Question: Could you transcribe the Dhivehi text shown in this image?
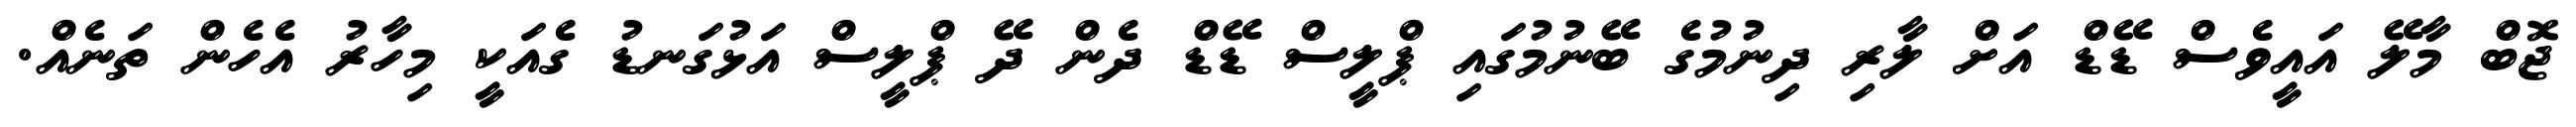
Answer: ޖޮބް މާލޭ އައީވެސް ޑޭޑް އަށް ލާރި ދިނުމުގެ ބޭނުމުގައި ޕްލީސް ޑޭޑް ދެން ދޭ ޕްލީސް އަޅުގަނޑު ގެއަކީ މިހާރު އެހެން ތަނެއް.